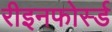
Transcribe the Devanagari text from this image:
रीइनफोर्स्ड